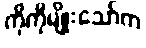
ကိုကိုမျိုးသော်က